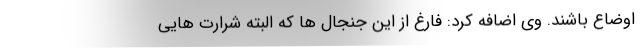
اوضاع باشند. وی اضافه کرد: فارغ از این جنجال ها که البته شرارت هایی